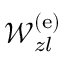
\mathcal { W } _ { z l } ^ { \mathrm { ( e ) } }